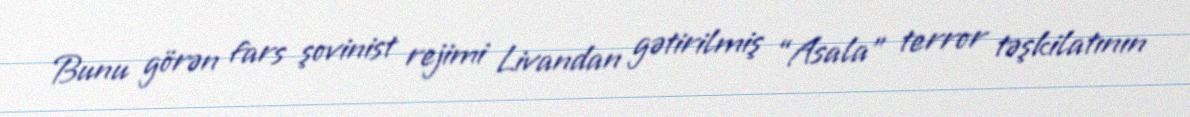
Bunu görən fars şovinist rejimi Livandan gətirilmiş “Asala” terror təşkilatının